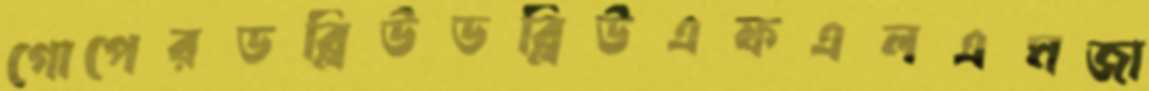
গোপেরডব্লিউডব্লিউএফএলএমজা